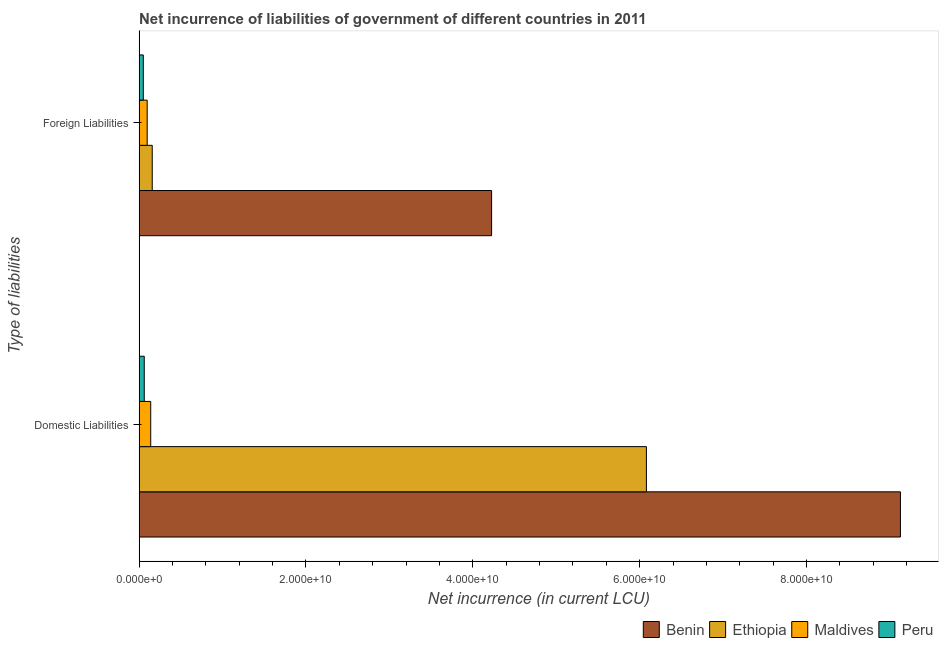
| Type of liabilities | Benin | Ethiopia | Maldives | Peru |
 | --- | --- | --- | --- | --- |
 | Domestic Liabilities | 9.13e+10 | 6.08e+10 | 1.39e+09 | 6.16e+08 |
 | Foreign Liabilities | 4.23e+10 | 1.57e+09 | 9.68e+08 | 5.03e+08 |